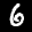
Label: 6